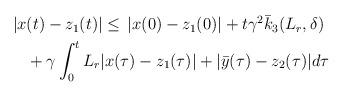
LaTeX: \begin{align*}\begin{aligned}|x&(t)-z_1(t)| \le \,|x(0)-z_1(0)| + t\gamma^2 \bar{k}_3(L_r,\delta) \\&+ \gamma \int_0^tL_r|x(\tau)-z_1(\tau)| + |\bar{y}(\tau)-z_2(\tau)|d\tau\end{aligned}\end{align*}